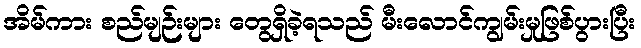
အိမ်ကား စည်မျဉ်းများ တွေရှိခဲ့ရသည် မီးလောင်ကျွမ်းမှုဖြစ်ပွားပြီး